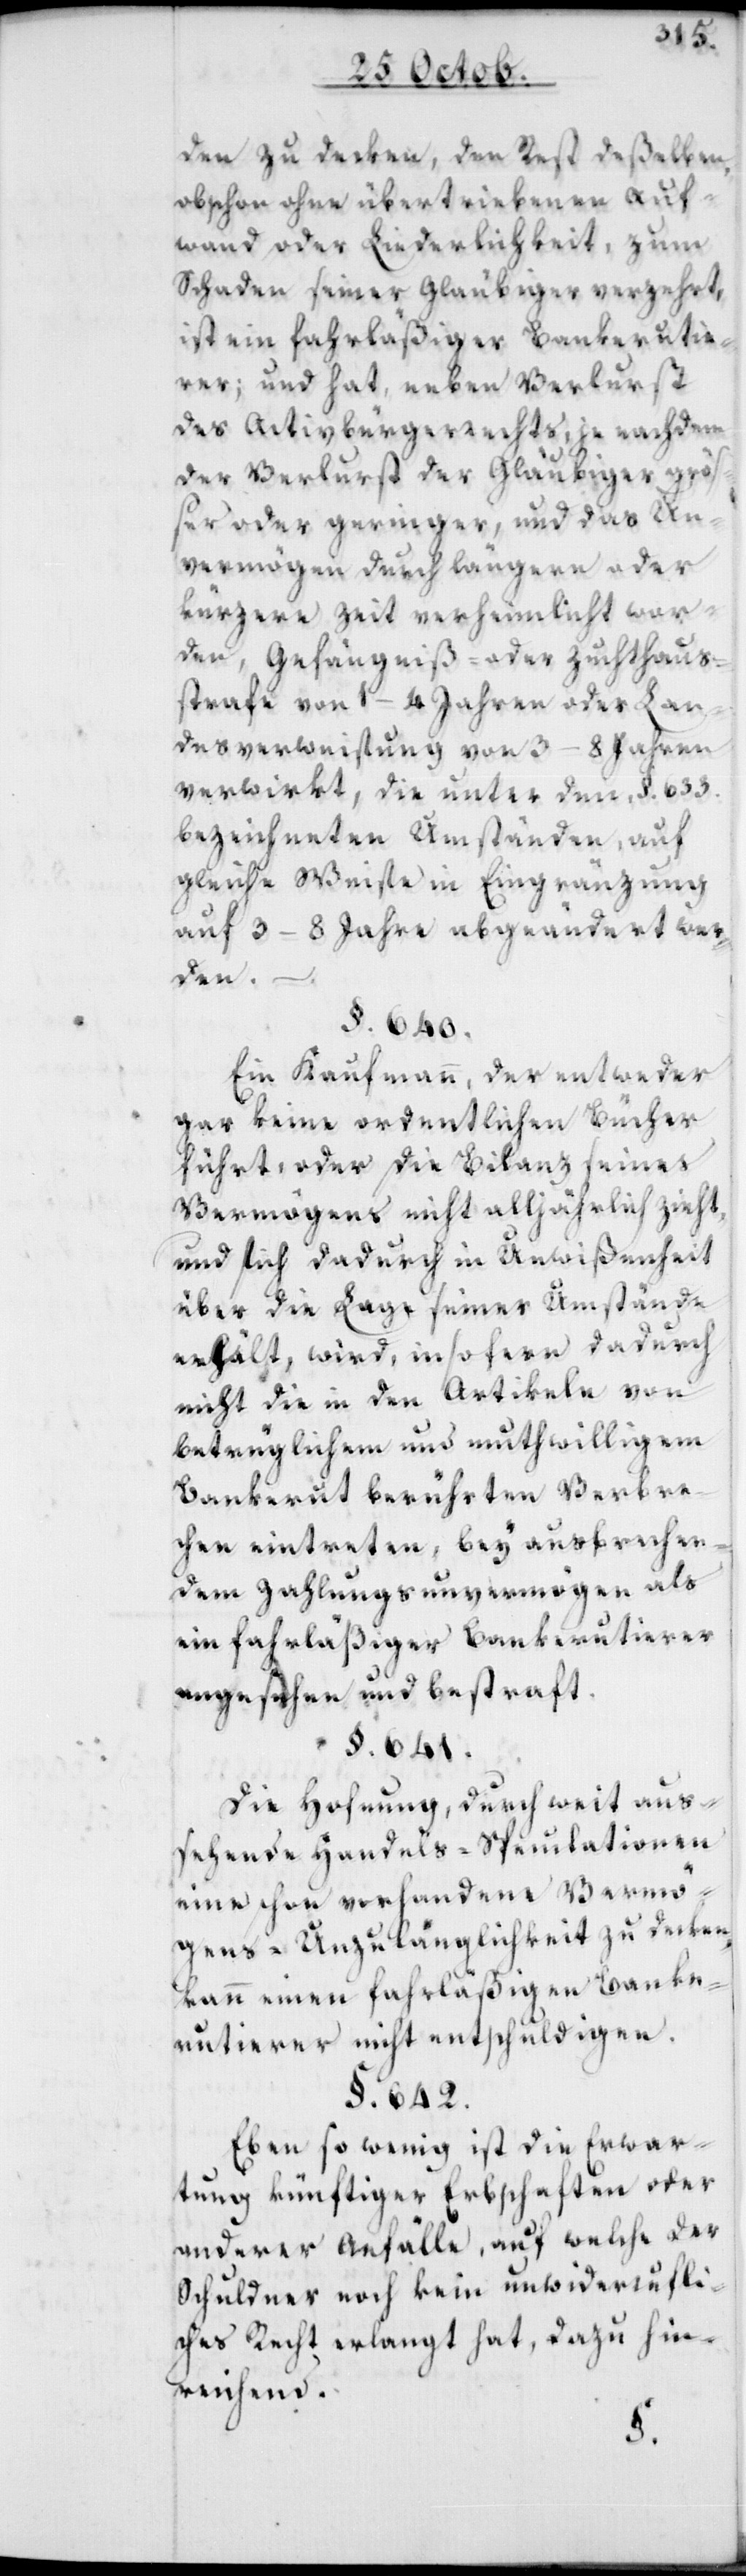
den zu deken, den Rest deßelben,
obschon ohne übertriebenen Auf¬
wand oder Liederlichkeit, zum
Schaden seiner Gläubiger verzehrt,
ist ein fahrläßiger Bankerutie¬
rer; und hat neben Verlust
des Activbürgerrechts, je nachdem
der Verlust der Gläubiger größ¬
er oder geringer, und das Un¬
vermögen durch längere oder
kürzere Zeit verheimlicht wor¬
den, Gefängniß- oder Zuchthaus¬
strafe von 1–4 Jahren oder Lan¬
desverweisung von 3–8 Jahren
verwirkt, die unter dem §. 633.
bezeichneten Umständen, auf
gleiche Weise in Eingränzung
auf 3–8 Jahre abgeändert wer¬
den.
§. 640.
Ein Kaufmann, der entweder
gar keine ordentlichen Bücher
führt, oder die Bilanz seines
Vermögens nicht alljährlich zieht,
und sich dadurch in Unwißenheit
über die Lage seiner Umstände
erhält, wird, in so fern dadurch
nicht die in den Artikeln von
betrüglichem und muthwilligem
Bankerut berührten Verbre¬
chen eintretten, bey ausbrechen¬
dem Zahlungsunvermögen als
ein fahrläßiger Bankerutierer
angesehen und bestraft.
§. 641.
Die Hoffnung, durch weit aus¬
sehende Handels-Speculationen
eine schon vorhandene Vermö¬
gens-Unzulänglichkeit zu decken,
kann einen fahrläßigen Banke¬
rutierer nicht entschuldigen.
§. 642.
Ebenso wenig ist die Erwar¬
tung künftiger Erbschaften oder
anderer Anfälle, auf welche der
Schuldner noch kein unwiderrufli¬
ches Recht erlangt hat, dazu hin¬
reichend.